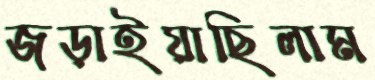
জড়াইয়াছিলাম